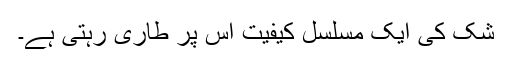
شک کی ایک مسلسل کیفیت اس پر طاری رہتی ہے۔